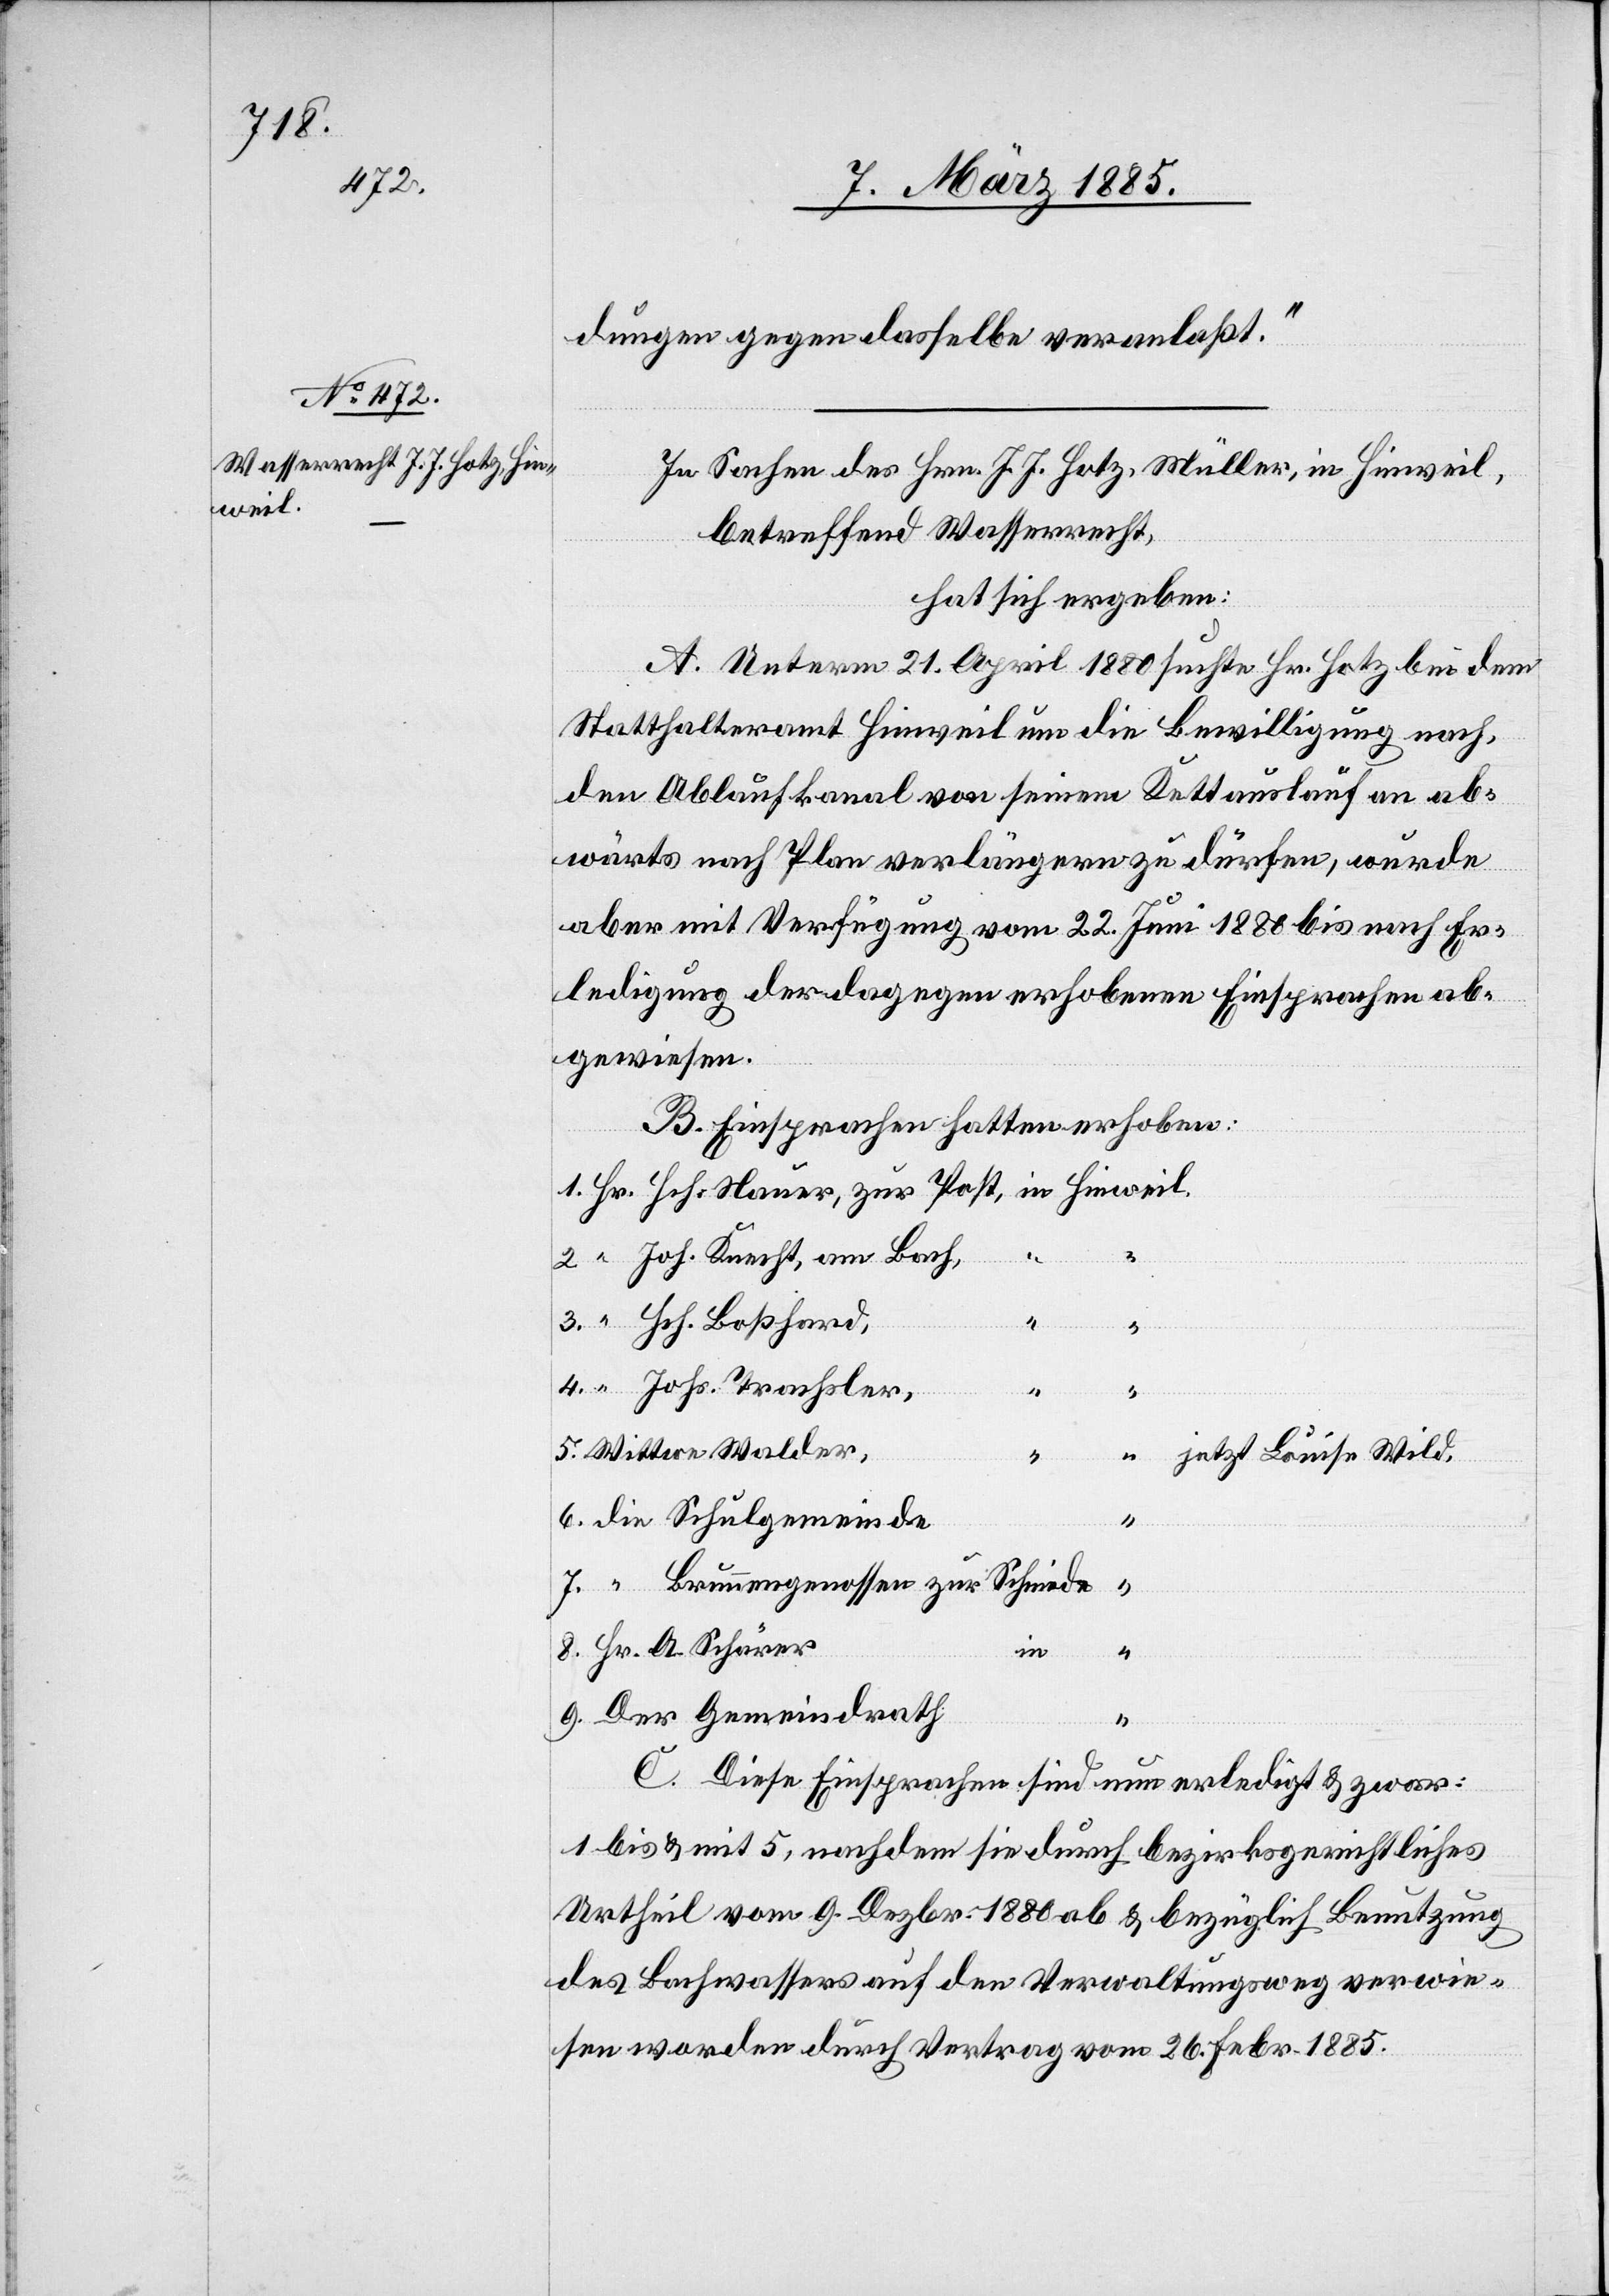
Hinweil

dungen gegen dasselbe veranlaßt.“
In Sachen des Hrn. J. J. Hotz, Müller, in Hinweil,
betreffend Wasserrecht,
hat sich ergeben:
A. Unterm 21. April 1880 suchte Hr. Hotz bei dem
Statthalteramt Hinweil um die Bewilligung nach,
den Ablaufkanal von seinem Kettauslauf an ab¬
wärts nach Plan verlängern zu dürfen, wurde
aber mit Verfügung vom 22. Juni 1880 bis nach Er¬
ledigung der dagegen erhobenen Einsprachen ab¬
gewiesen.
B. Einsprachen hatten erhoben:
Joh. Knecht, am Bach,
9.
Johs. Trachsler,
“
8.
Wittwe Walder,
jetzt Louise Wild,
Die Schulgemeinde
“
Brunnengenossen zur Schmiede
in
Der Gemeindrath
“
C. Diese Einsprachen sind nun erledigt & zwar:
1 bis & mit 5, nachdem sie durch bezirksgerichtliches
Urtheil vom 9. Dezbr. 1880 ab & bezüglich Benutzung
des Bachwassers auf den Verwaltungsweg verwie¬
sen worden durch Vertrag vom 26. Febr. 1885.